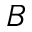
B